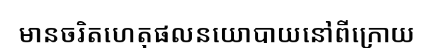
មានចរិតហេតុផលនយោបាយនៅពីក្រោយ